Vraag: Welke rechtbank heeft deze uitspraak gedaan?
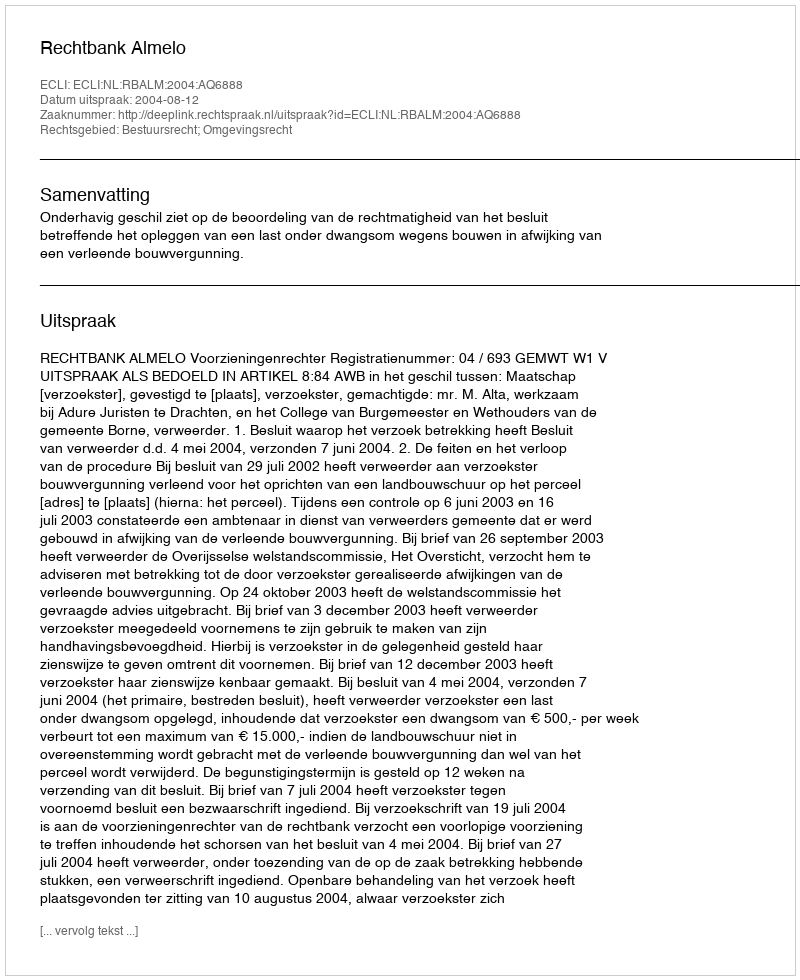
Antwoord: Rechtbank Almelo